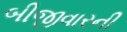
બીજીવારની